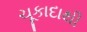
ચૂકાદાથી